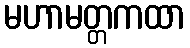
မဟာမတ္တကထာ